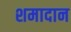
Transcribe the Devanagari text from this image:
शमादान